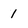
Character: 1